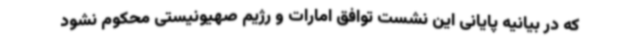
که در بیانیه پایانی این نشست توافق امارات و رژیم صهیونیستی محکوم نشود